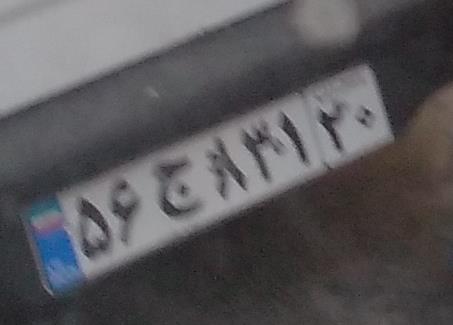
۵۶ج۸۳۱۲۰